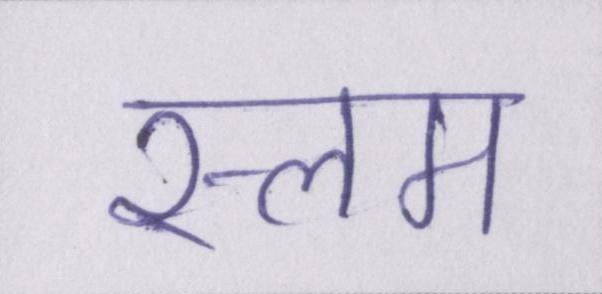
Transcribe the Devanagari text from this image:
स्लम